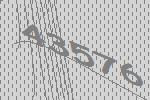
43576